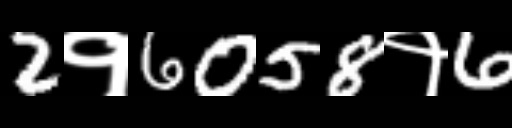
Text: 2१6058१6